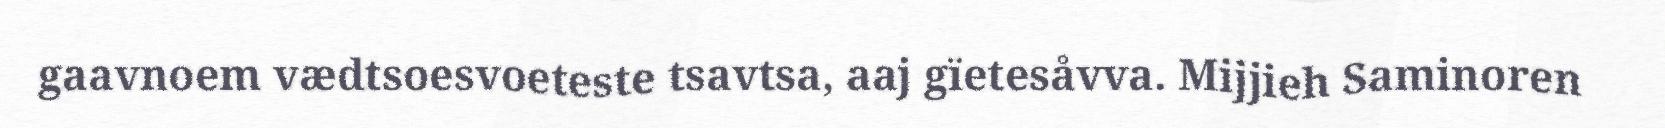
gaavnoem vædtsoesvoeteste tsavtsa, aaj gïetesåvva. Mijjieh Saminoren